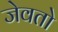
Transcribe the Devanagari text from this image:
जेवतो